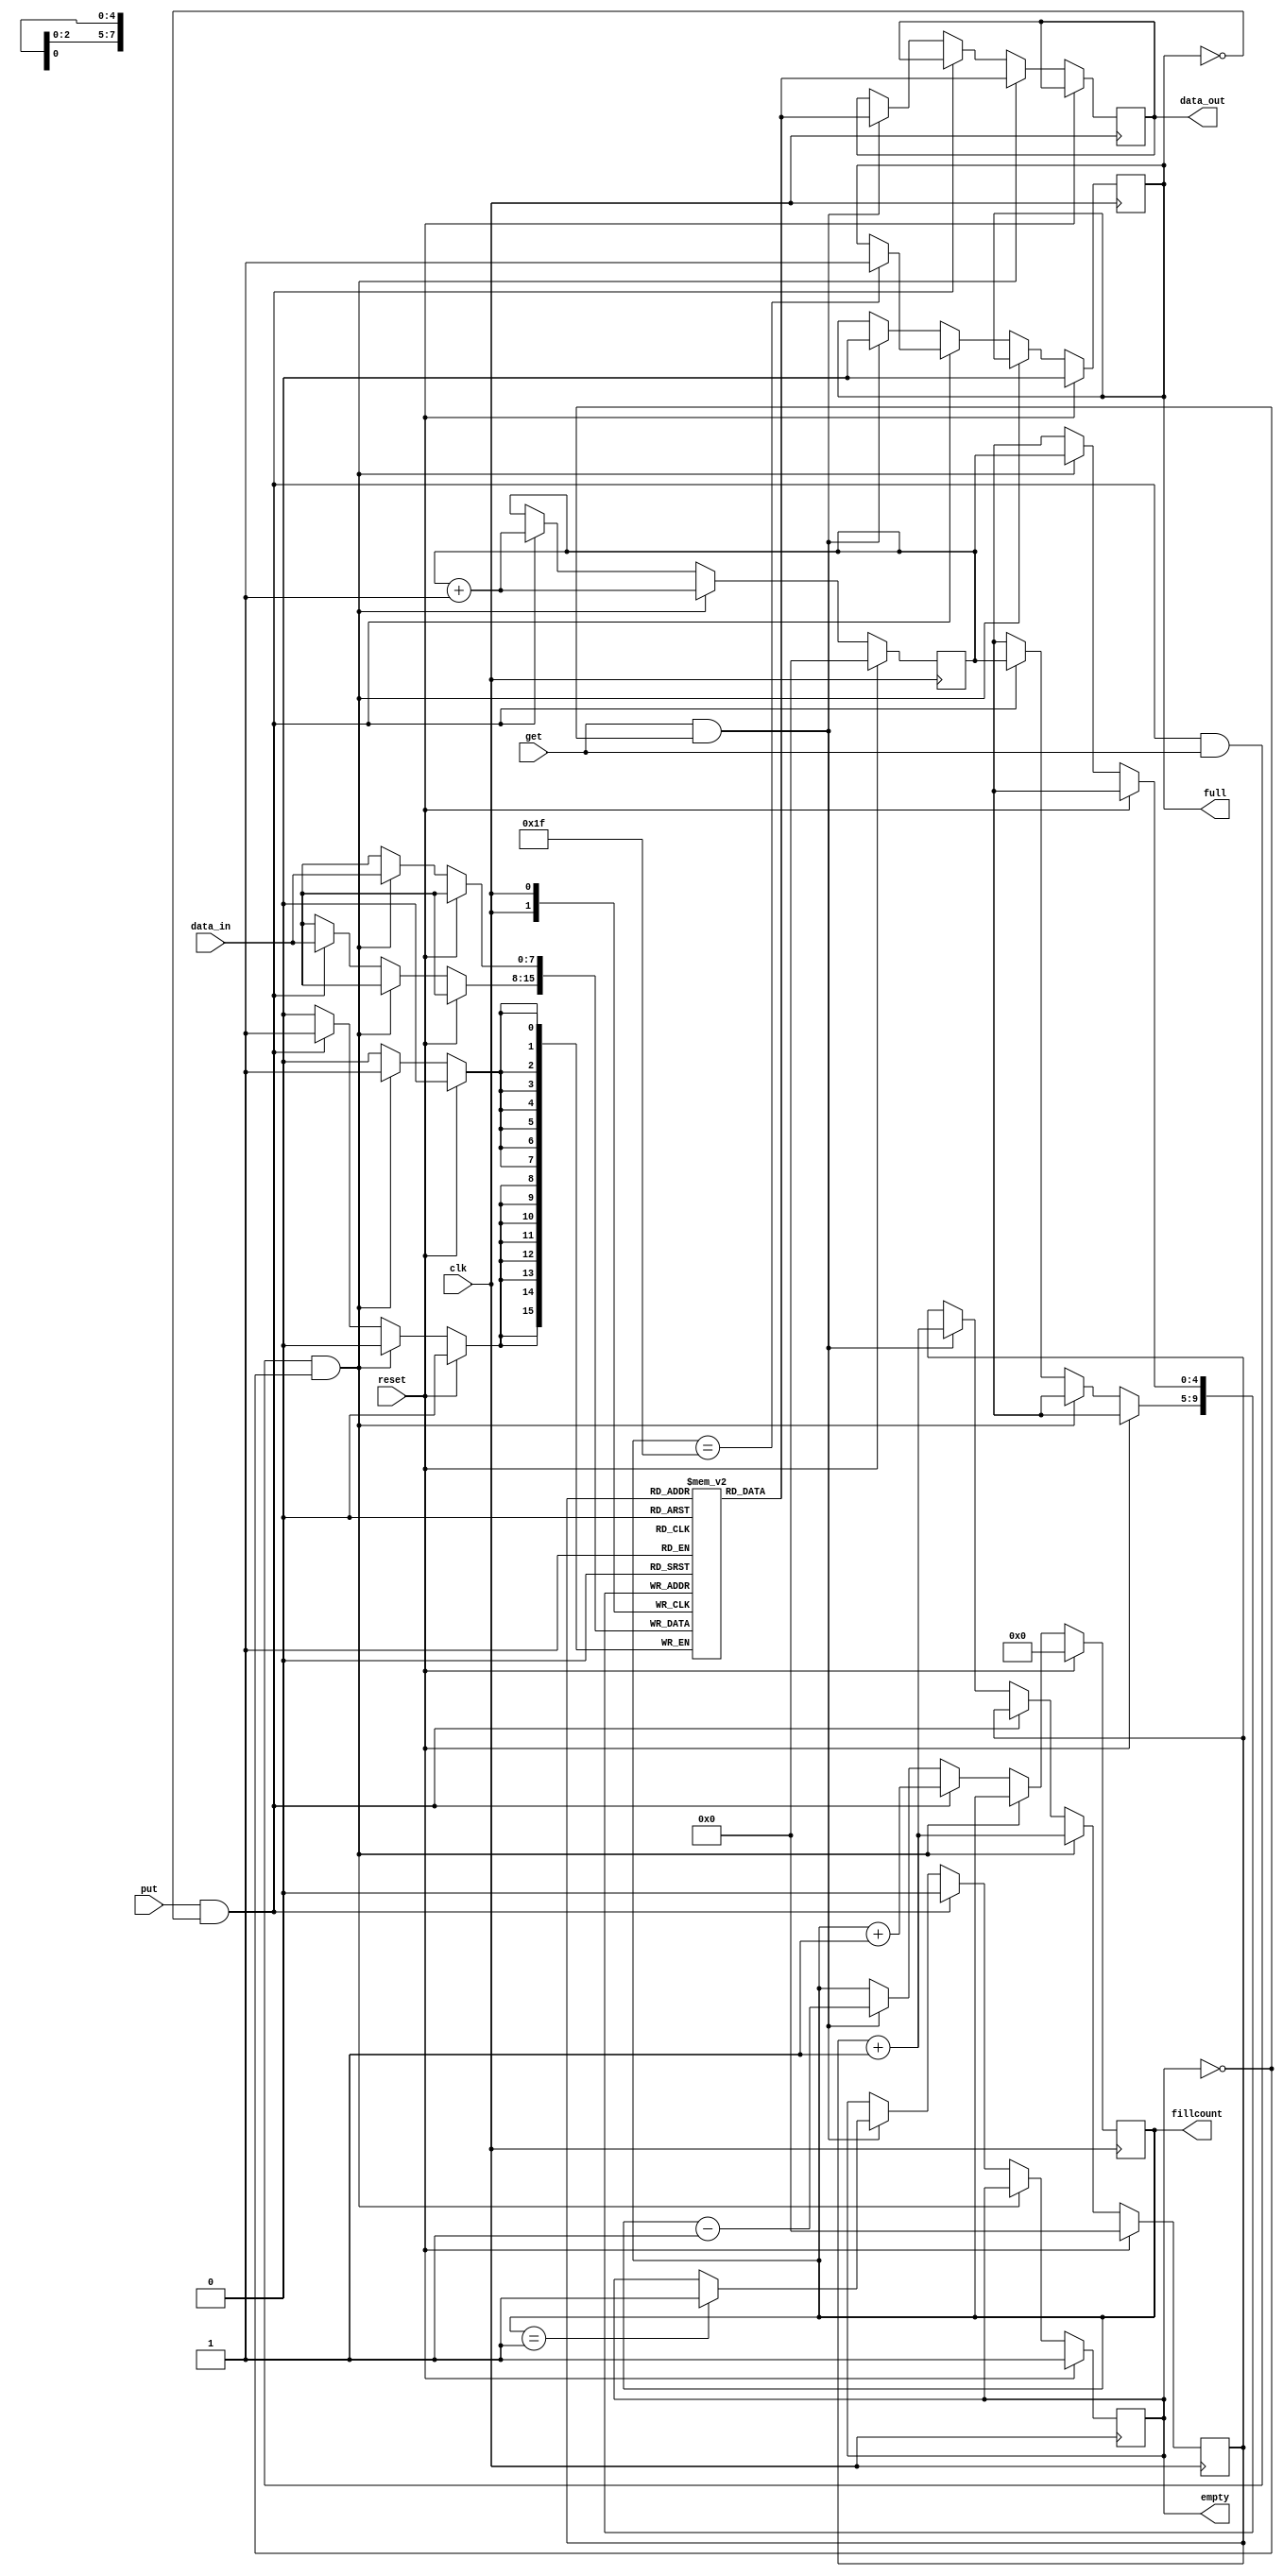

module FIFO (clk, reset, data_in, put, get, data_out, empty, full, fillcount);
parameter DEPTH_P2 = 5; // 2^ DEPTH_P2;
parameter WIDTH = 8;

output 	[WIDTH-1:0] 	data_out;
output 					empty, full;
output 	[DEPTH_P2:0] 	fillcount; //when it's full 1 more bit is needed

input 	[WIDTH-1:0] 	data_in;
input 					put, get;
input 					reset, clk;

reg						empty, full;
reg 	[DEPTH_P2:0] 	fillcount;
reg 	[WIDTH-1:0] 	fifo_array [2**DEPTH_P2-1:0];
reg		[WIDTH-1:0]		data_out;
reg 	[DEPTH_P2-1:0] 	rd_ptr;
reg 	[DEPTH_P2-1:0] 	wr_ptr;


always @ (posedge clk)
begin
	if(reset)
	begin
		rd_ptr <= 0;
		wr_ptr <= 0;
		empty <= 1;
		full <= 0;
		fillcount <= 0;
	end
	else
	begin
		if (put && !full && get && !empty)
		begin
			fifo_array[wr_ptr] <= data_in;
			data_out <= fifo_array[rd_ptr];
			wr_ptr <= wr_ptr + 1;
			rd_ptr <= rd_ptr + 1;
		end
		else if (put && !full)
		begin
			fifo_array[wr_ptr] <= data_in;
			wr_ptr <= wr_ptr + 1;
			fillcount <= fillcount + 1;
			
			if (empty)
				empty <= 0;				
			if (fillcount == 2**DEPTH_P2 - 1)
				full <= 1;
		end
		else if (get && !empty)
		begin
			data_out <= fifo_array[rd_ptr];
			rd_ptr <= rd_ptr + 1;
			fillcount <= fillcount - 1;
			
			if (full)
				full <= 0;
			if (fillcount == 1)
				empty <= 1;
		end
	end
end

endmodule